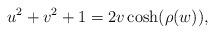
LaTeX: \begin{align*}u^{2}+v^{2}+1=2v\cosh(\rho( w)),\end{align*}